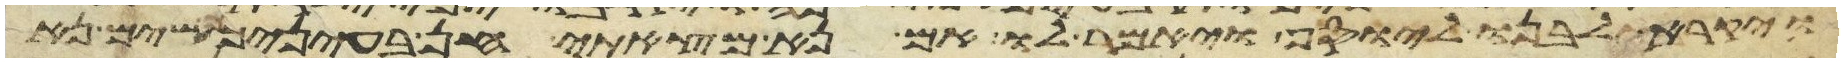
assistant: ויקרא לבנו ליוסף ויאמר לו אם נא מצאתי חן בעיניך שים נא